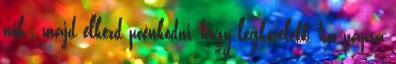
nők , majd elkezd poénkodni, hogy legközelebb, ha papra